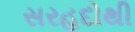
સરહદોથી